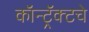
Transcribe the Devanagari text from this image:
कॉन्ट्रॅक्‍टचे